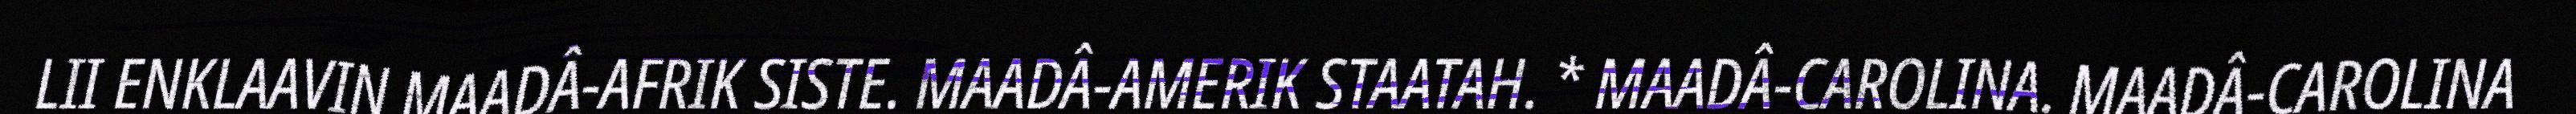
LII ENKLAAVIN MAADÂ-AFRIK SISTE. MAADÂ-AMERIK STAATAH. * MAADÂ-CAROLINA. MAADÂ-CAROLINA